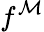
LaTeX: f^{\mathcal{M}}